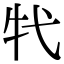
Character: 𤘚